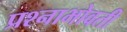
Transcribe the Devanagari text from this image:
प्रश्नाभोवती